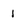
Character: 1